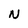
Character: N